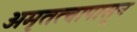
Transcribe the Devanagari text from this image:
अमृतत्वापासून